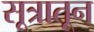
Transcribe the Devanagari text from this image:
सूत्रातून